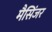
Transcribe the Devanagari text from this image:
मैसिंजर